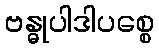
ဗန္ဓုပါဒါပစ္စေ